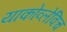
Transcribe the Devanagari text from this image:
याकोव्लेविच